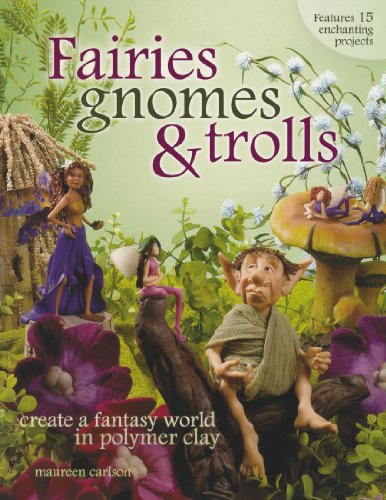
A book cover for Fairies, Gnomes & Trolls: Create a Fantasy World in Polymer Clay; Maureen Carlson; Crafts, Hobbies & Home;